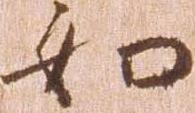
如